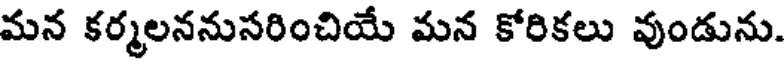
మన కర్మలననుసరించియే మన కోరికలు వుండును.